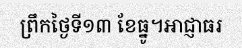
ព្រឹកថ្ងៃទី១៣ ខែធ្នូ។អាជ្ញាធរ